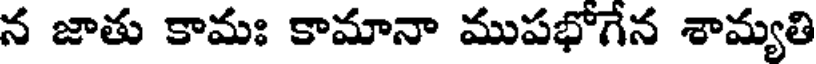
న జాతు కామః కామానా ముపభోగేన శామ్యతి